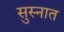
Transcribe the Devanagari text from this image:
सुस्नात